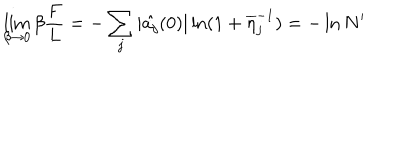
\lim _ { \beta \rightarrow 0 } \beta \frac { F } { L } = - \sum _ { j } | \hat { a _ { j } } ( 0 ) | \ln ( 1 + \overline { { { \eta } } } _ { j } ^ { - 1 } ) = - \ln N ^ { \prime }